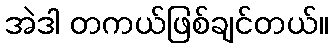
အဲဒါ တကယ်ဖြစ်ချင်တယ်။